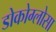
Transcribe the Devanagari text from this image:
डोकोग्लोसा